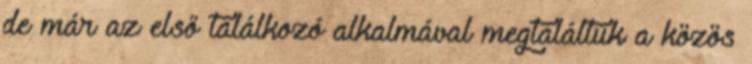
de már az első találkozó alkalmával megtaláltuk a közös